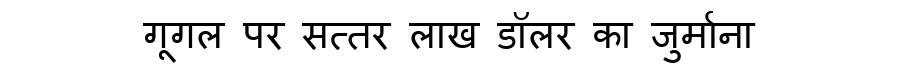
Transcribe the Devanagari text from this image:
गूगल पर सत्तर लाख डॉलर का जुर्माना